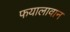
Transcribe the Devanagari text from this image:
फयालावान